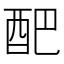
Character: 𮠟